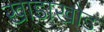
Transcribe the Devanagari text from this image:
खाडाखोड